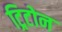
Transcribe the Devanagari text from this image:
ट्रिटोन